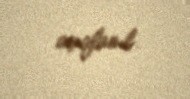
açıqlanıb.